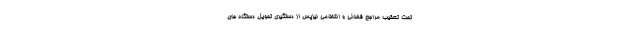
تحت تعقیب مراجع قضائی و انتظامی نیزپس از دستگیری تحویل دستگاه های